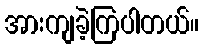
အားကျခဲ့ကြပါတယ်။